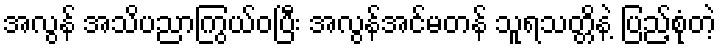
အလွန် အသိပညာကြွယ်ဝပြီး အလွန်အင်မတန် သူရသတ္တိနဲ့ ပြည့်စုံတဲ့